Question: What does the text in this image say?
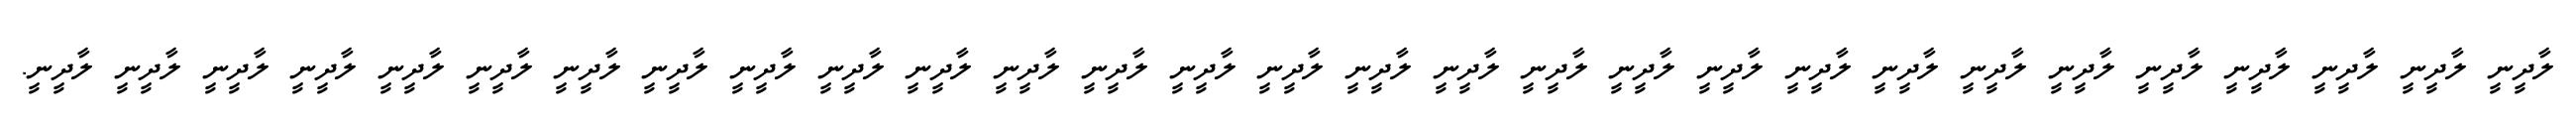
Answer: ލާދީނީ ލާދީނީ ލާދީނީ ލާދީނީ ލާދީނީ ލާދީނީ ލާދީނީ ލާދީނީ ލާދީނީ ލާދީނީ ލާދީނީ ލާދީނީ ލާދީނީ ލާދީނީ ލާދީނީ ލާދީނީ ލާދީނީ ލާދީނީ ލާދީނީ ލާދީނީ ލާދީނީ ލާދީނީ ލާދީނީ ލާދީނީ ލާދީނީ ލާދީނީ ލާދީނީ ލާދީނީ ލާދީނީ.